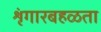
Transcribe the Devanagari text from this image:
शृंगारबहळता